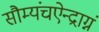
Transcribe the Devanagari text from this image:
सौम्यंचऐन्द्राग्नं